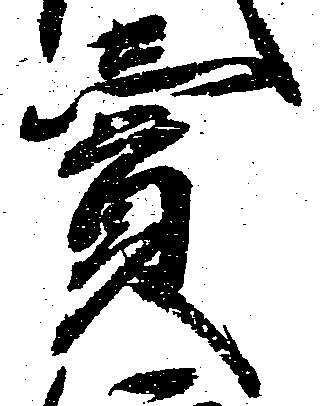
売